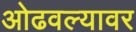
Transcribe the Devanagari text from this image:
ओढवल्यावर